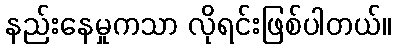
နည်းနေမှုကသာ လိုရင်းဖြစ်ပါတယ်။